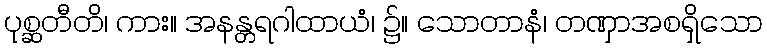
ပုစ္ဆတီတိ၊ ကား။ အနန္တရဂါထာယံ၊ ၌။ သောတာနံ၊ တဏှာအစရှိသော